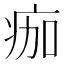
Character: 痂